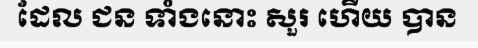
ដែល ជន ទាំងនោះ សួរ ហើយ បាន